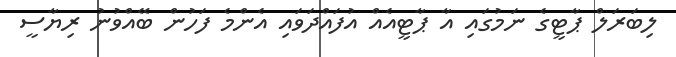
ލިބަރަލް ޕާޓީގެ ނަމުގައި އާ ޕާޓީއެއް އުފައްދަވައި އެންމެ ފަހުން ބޭއްވުނު ރިޔާސީ